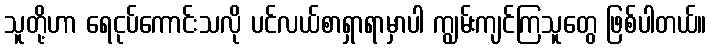
သူတို့ဟာ ရေငုပ်ကောင်းသလို ပင်လယ်စာရှာရာမှာပါ ကျွမ်းကျင်ကြသူတွေ ဖြစ်ပါတယ်။